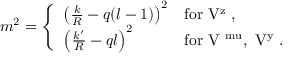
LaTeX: m ^ { 2 } = \left\{ \begin{array} { l l } { { \left( \frac k R - q ( l - 1 ) \right) ^ { 2 } } } & { { \mathrm { f o r ~ V ^ { z } ~ , } } } \\ { { \left( \frac { k ^ { \prime } } R - q l \right) ^ { 2 } } } & { { \mathrm { f o r ~ V ^ { \ m u } , \ V ^ { y } ~ } . } } \end{array} \right.